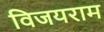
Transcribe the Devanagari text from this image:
विजयराम